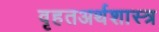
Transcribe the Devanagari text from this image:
वृहतअर्थशास्त्र